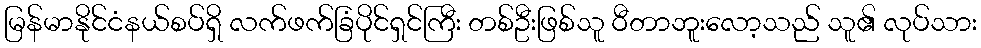
မြန်မာနိုင်ငံနယ်စပ်ရှိ လက်ဖက်ခြံပိုင်ရှင်ကြီး တစ်ဦးဖြစ်သူ ဝီတာဘူးလော့သည် သူ၏ လုပ်သား